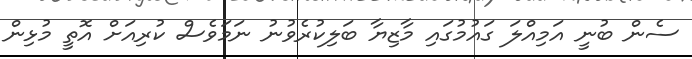
ސެން ބުނީ އަމިއްލަ ގައުމުގައި މާޒިޔާ ބަލިކުރެވުނު ނަމަވެސް ކުރިއަށް އޮތީ މުޅިން